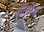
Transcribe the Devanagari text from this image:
वॉर्सोत